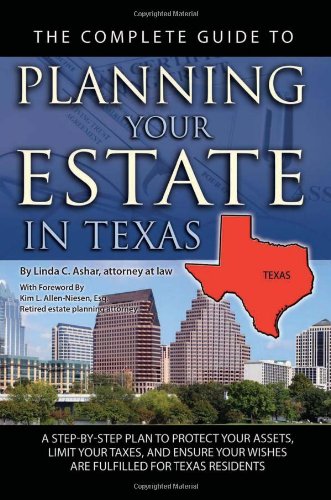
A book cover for The Complete Guide to Planning Your Estate in Texas: A Step-by-step Plan to Protect Your Assets, Limit Your Taxes, and Ensure Your Wishes Are Fulfilled for Texas Residents; Linda C. Ashar  Attorney at Law; Law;